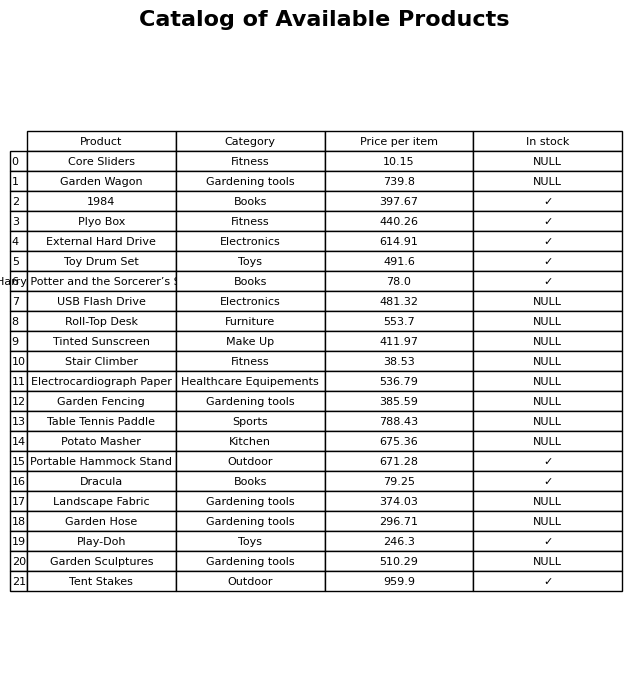
question: What is the stock status of the Toy Drum Set?
answer: ✓